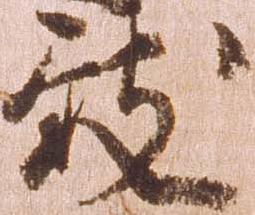
致